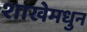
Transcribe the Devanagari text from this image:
शाखेमधुन